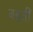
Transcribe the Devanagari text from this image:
बहतीं